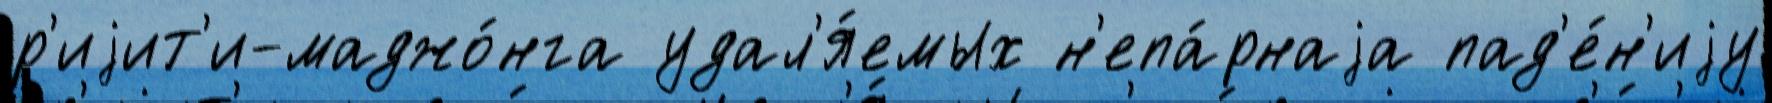
р'иjит'и-маджо́нга удал'я́емых н'епа́рнаjа пад'е́н'иjу